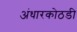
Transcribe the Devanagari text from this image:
अंधारकोठडी